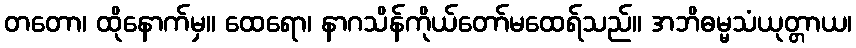
တတော၊ ထိုနောက်မှ။ ထေရော၊ နာဂသိန်ကိုယ်တော်မထေရ်သည်။ အဘိဓမ္မသံယုတ္တာယ၊